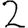
Digit: 2